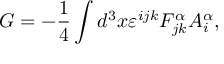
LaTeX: G = - \frac { 1 } { 4 } \int d ^ { 3 } x \varepsilon ^ { i j k } F _ { j k } ^ { \alpha } A _ { i } ^ { \alpha } ,